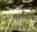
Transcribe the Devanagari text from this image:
परशिव